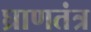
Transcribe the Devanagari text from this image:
घ्राणतंत्र